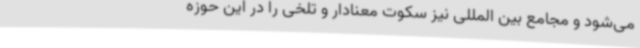
می‌شود و مجامع بین المللی نیز سکوت معنادار و تلخی را در این حوزه